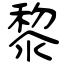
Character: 黎